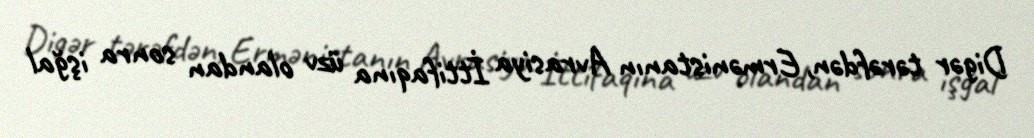
Digər tərəfdən, Ermənistanın Avrasiya İttifaqına üzv olandan sonra işğal